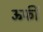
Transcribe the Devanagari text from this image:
ऊर्फी